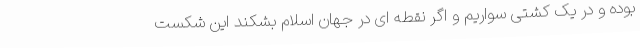
بوده و در یک کشتی سواریم و اگر نقطه ای در جهان اسلام بشکند این شکست